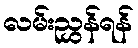
လမ်းညွှန်ရန်